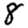
Digit: 8